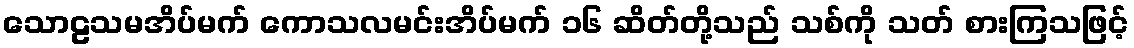
သောဠသမအိပ်မက် ကောသလမင်းအိပ်မက် ၁၆ ဆိတ်တို့သည် သစ်ကို သတ် စားကြသဖြင့်